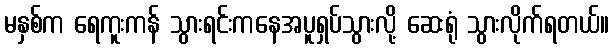
မနှစ်က ရေကူးကန် သွားရင်းကနေအပူရှပ်သွားလို့ ဆေးရုံ သွားလိုက်ရတယ်။